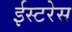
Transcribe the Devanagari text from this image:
ईस्टरेस